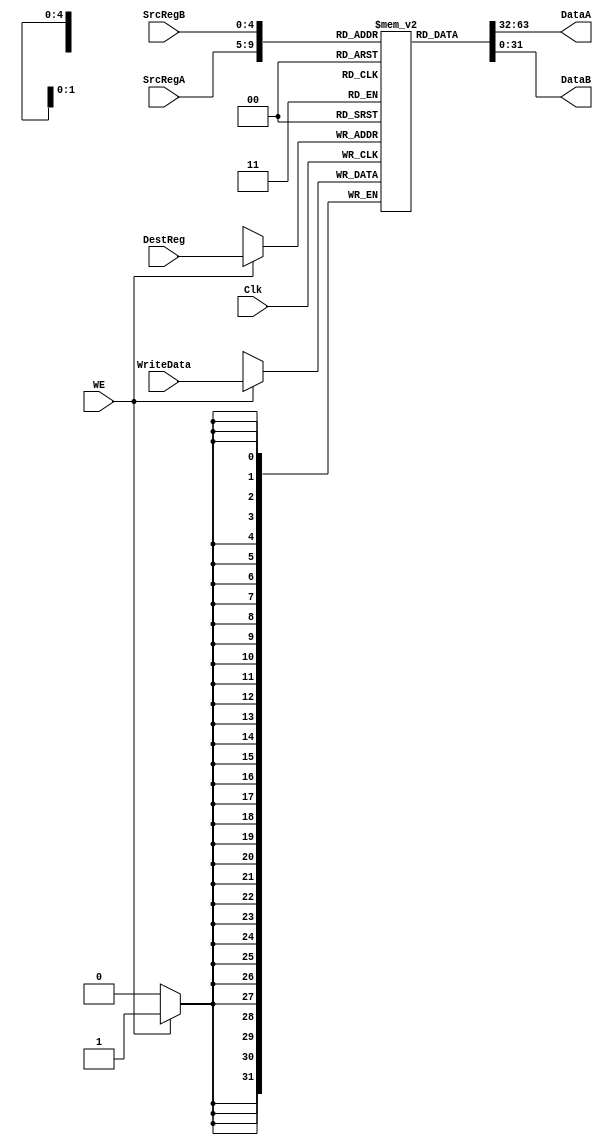
`define NUM_REGS 32
`define REG_WIDTH 32
`define MUX_CNTRL 5   // Number of bits to specify a register
/*
  Register File consists of NUM_REGS registers eachS REG_WIDTH bits wide.
  Update register "DestReg"  with new value "WriteData" if "WE" is 1 
  SrcRegA and SrcRegB are the ids of the two read registers 
  Ports DataA and DataB hold the values of the two read registers
*/

   module B_regFile(Clk, SrcRegA, SrcRegB, DestReg, WriteData, WE, DataA, DataB);

   input Clk;
   input [`MUX_CNTRL-1:0] SrcRegA, SrcRegB;
   input [`MUX_CNTRL-1:0] DestReg;
   input [`REG_WIDTH-1:0] WriteData;
   input WE;
   output [`REG_WIDTH-1:0] DataA, DataB;

   reg [`REG_WIDTH-1:0]    REG_FILE [0:`NUM_REGS-1];  // Create required Register File
		   
   integer 			i,j;
   
   
    
always @(negedge Clk)
       begin 
	if (WE) 
    	  REG_FILE[DestReg] <=  WriteData;
        end

   assign   DataA = REG_FILE[SrcRegA];
   assign   DataB = REG_FILE[SrcRegB];
   

endmodule